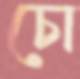
চো